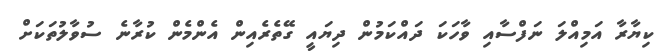
ކިޔާރާ އަމިއްލަ ނަފްސާއި ވާހަކަ ދައްކަމުން ދިޔައީ ގޭތެރެއިން އެންމެން ކުރާނެ ސުވާލުތަކަށް